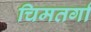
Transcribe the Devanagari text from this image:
चिमतर्गा